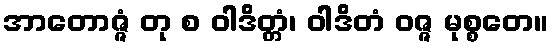
အာတောဇ္ဇံ တု စ ဝါဒိတ္တံ၊ ဝါဒိတံ ဝဇ္ဇ မုစ္စတေ။